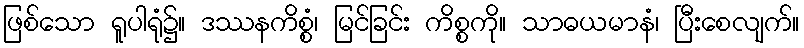
ဖြစ်သော ရူပါရုံ၌။ ဒဿနကိစ္စံ၊ မြင်ခြင်း ကိစ္စကို။ သာဓယမာနံ၊ ပြီးစေလျက်။